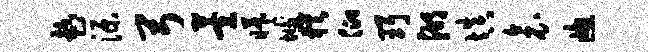
趁源弓萱曦垢犹仰珥湖填衾窗